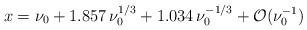
LaTeX: \begin{align*} x= \nu_0 + 1.857 \, \nu_0^{1/3} + 1.034 \, \nu_0^{-1/3} + {\cal O}(\nu_0^{-1})\end{align*}